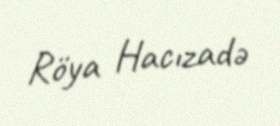
Röya Hacızadə